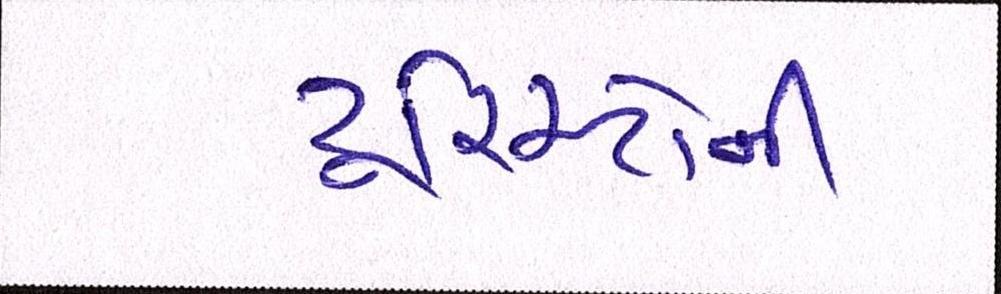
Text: ટૂરિસ્ટોની